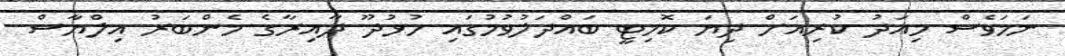
ނަމަވެސް މިއަދު ކުރިއަށް ދިޔަ ކޮމިޓީ ބައްދަލުވުމުގައި ހުޅުދޫ ދާއިރާގެ މެންބަރު އިލްޔާސް